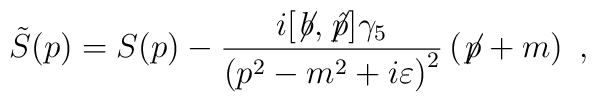
\tilde S(p)=S(p) - {i[\not\!b, \not\!{\hat p}]\gamma_5\over\left(p^2-m^2+i\varepsilon\right)^2}\left(\not\!p +m\right)\ ,